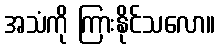
အသံကို ကြားနိုင်သလော။